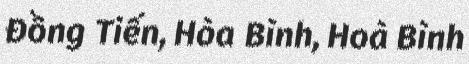
Đồng Tiến, Hòa Bình, Hoà Bình